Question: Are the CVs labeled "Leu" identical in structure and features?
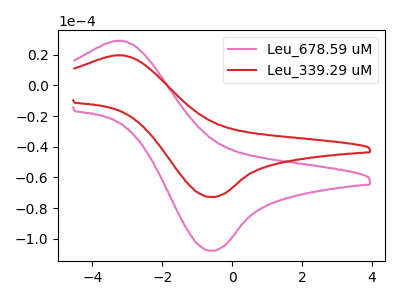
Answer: <think>The pink curve "Leu_678.59 uM" has an anodic peak at (-3.25V, 29.20uA) and a cathodic peak at (-0.60V, -107.90uA). The red curve "Leu_339.29 uM" has an anodic peak at (-3.25V, 19.70uA) and a cathodic peak at (-0.60V, -72.85uA).
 All the peaks in "Leu_678.59 uM" have a peak in "Leu_339.29 uM" at the same potential. Every peak in "Leu_678.59 uM" is higher than every peak in "Leu_339.29 uM".</think>
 <answer>All the CV's of "Leu" have similar shape.</answer>
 <eval>follow_rule</eval>